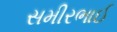
સમીરભાઈ